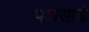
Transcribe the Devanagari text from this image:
पवासाचे